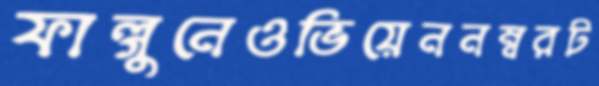
ফাল্গুনেওভিয়েননম্বরট